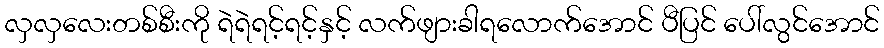
လှလှလေးတစ်စီးကို ရဲရဲရင့်ရင့်နှင့် လက်ဖျားခါရလောက်အောင် ပီပြင် ပေါ်လွင်အောင်